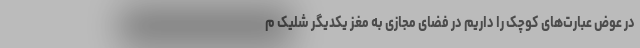
در عوض عبارت‌های کوچک را داریم در فضای مجازی به مغز یکدیگر شلیک م